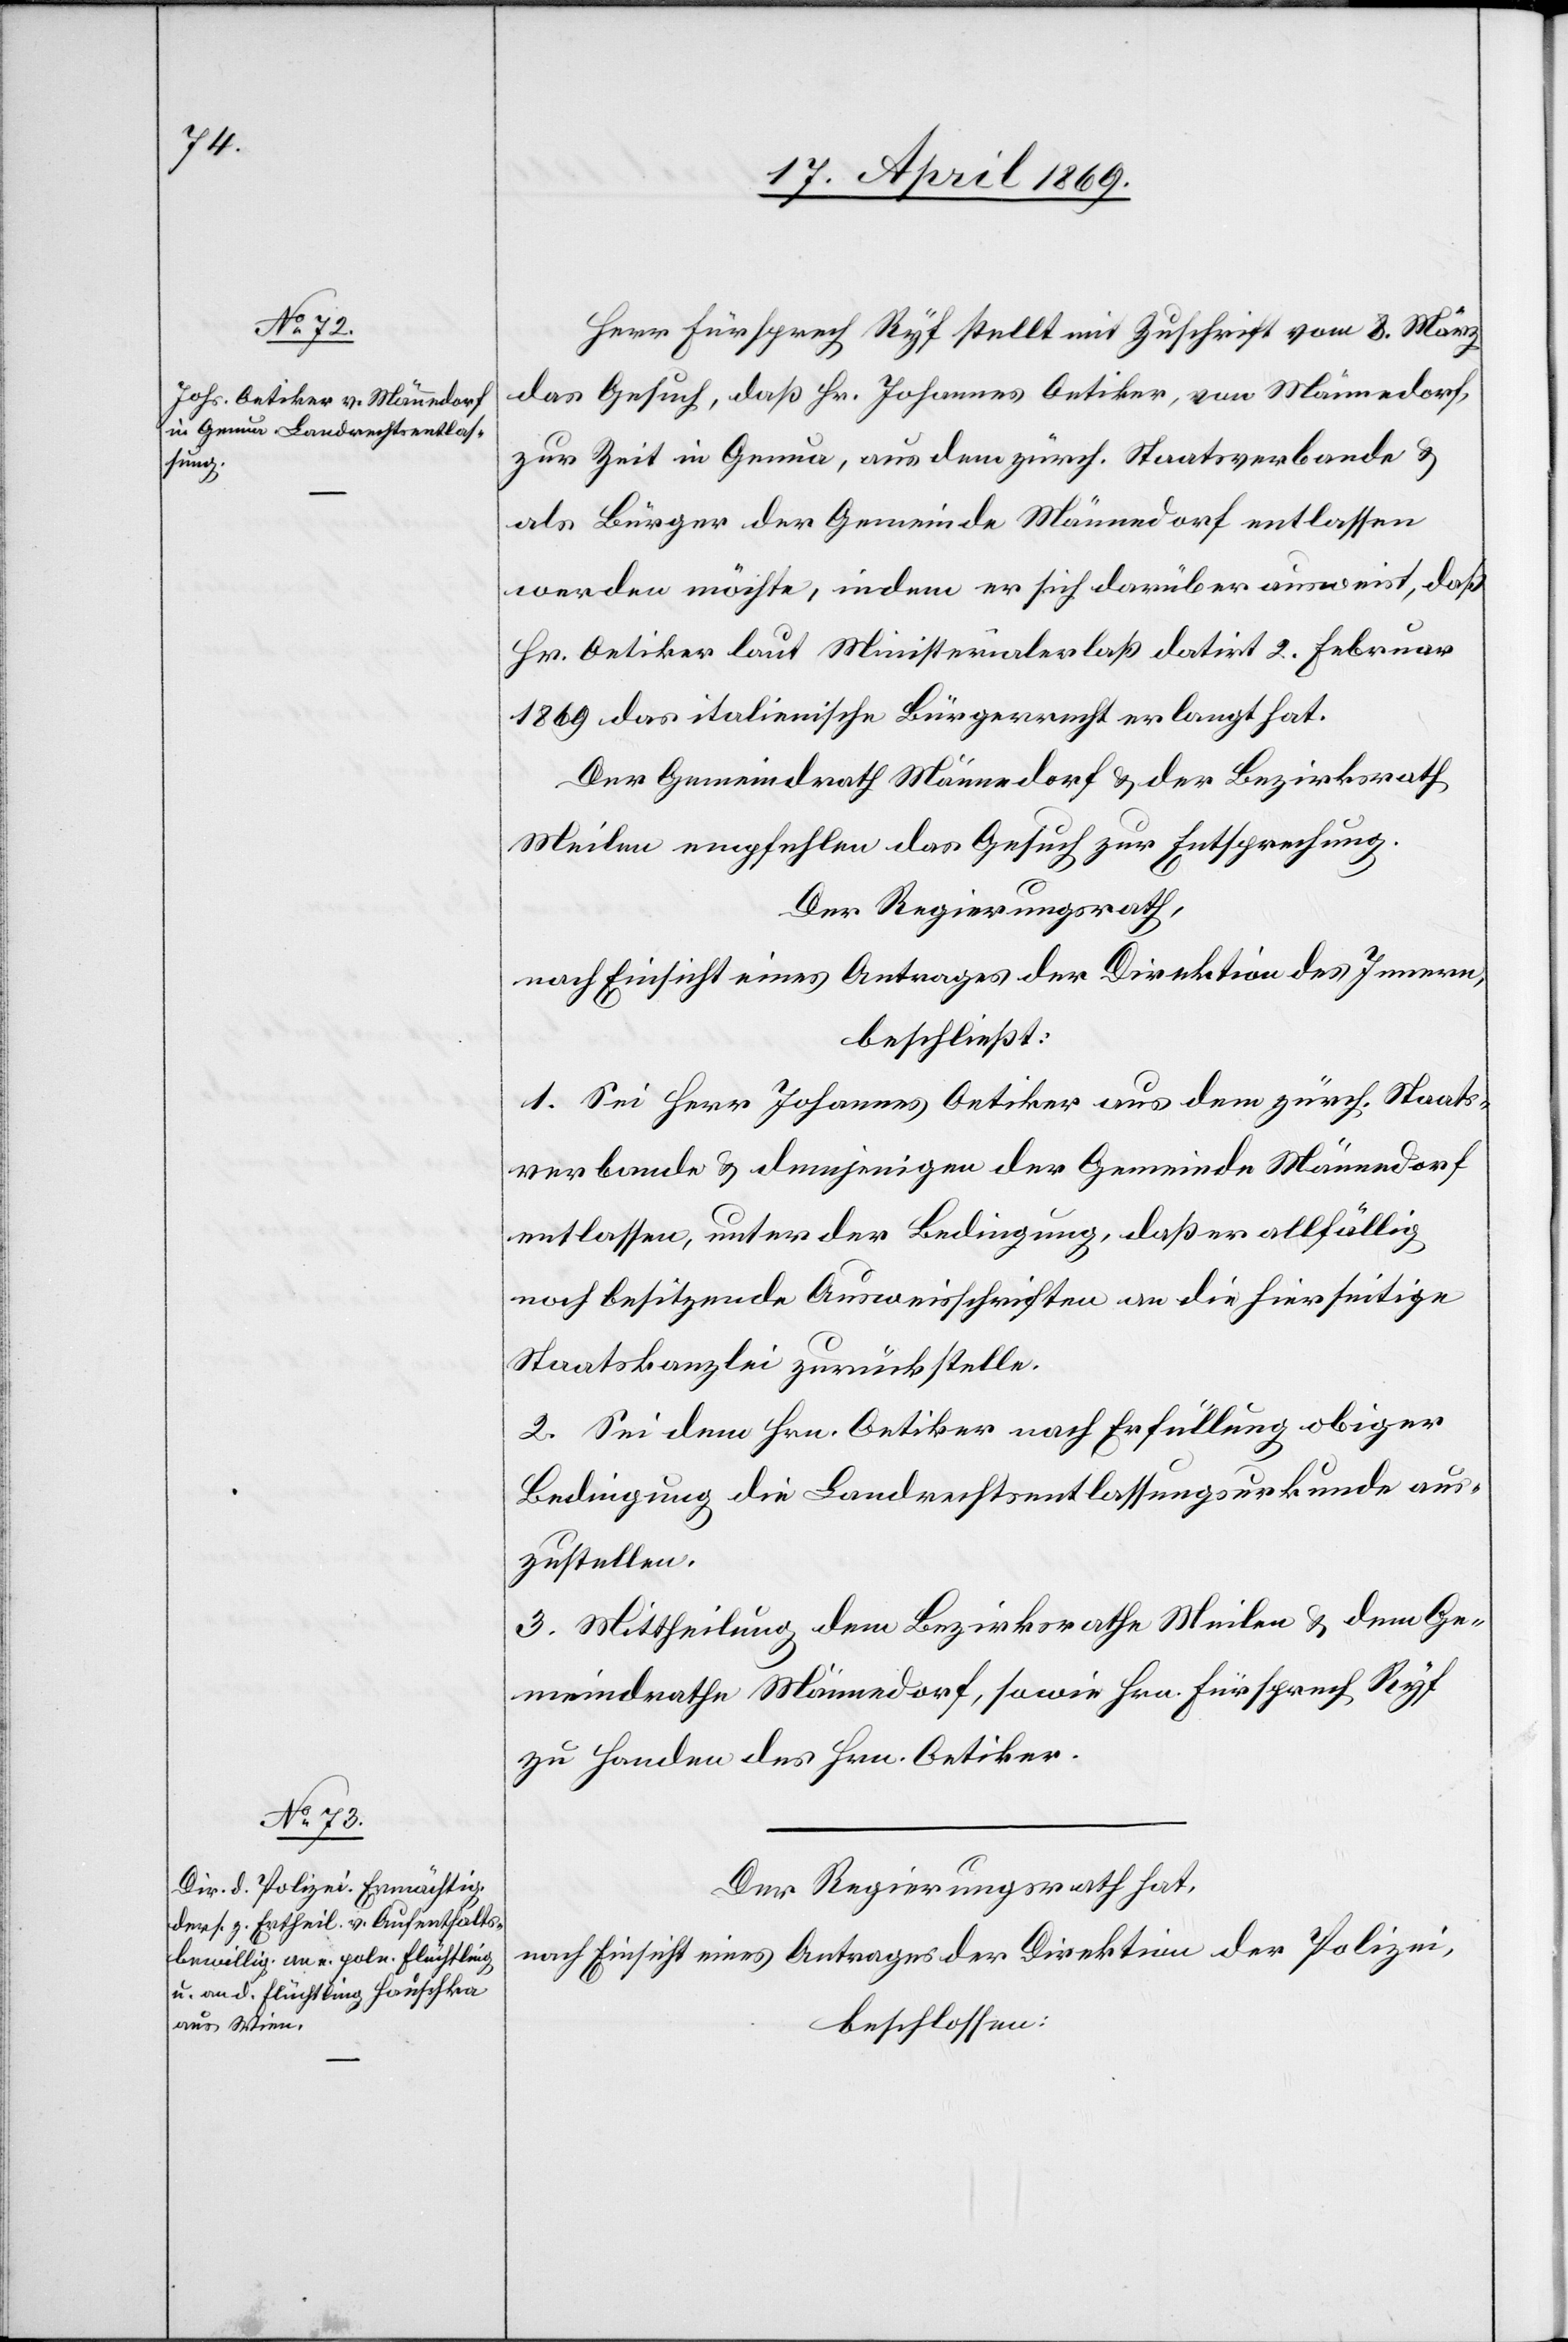
Herr Fürsprech Ryf stellt mit Zuschrift vom 8. März
das Gesuch, daß Hr. Johannes Oetiker, von Männedorf,
zur Zeit in Genua, aus dem zürch. Staatsverbande u.
als Bürger der Gemeinde Männedorf entlassen
werden möchte, indem er sich darüber ausweist, daß
Hr. Oetiker laut Ministerialerlaß datirt 2. Februar
1869 das italienische Bürgerrecht erlangt hat.
Der Gemeindrath Männedorf u. der Bezirksrath
Meilen empfehlen das Gesuch zur Entsprechung.
Der Regierungsrath,
nach Einsicht eines Antrages der Direktion des Innern,
beschließt:
1. Sei Herr Johannes Oetiker aus dem zürch. Staats¬
verbande u. demjenigen der Gemeinde Männedorf
entlassen, unter der Bedingung, daß er allfällig
noch besitzende Ausweisschriften an die hierseitige
Staatskanzlei zurückstelle.
2. Sei dem Hrn. Oetiker nach Erfüllung obiger
Bedingung die Landrechtsentlassungsurkunde aus¬
zustellen.
3. Mittheilung dem Bezirksrathe Meilen u. dem Ge¬
meindrathe Männedorf, sowie Hrn. Fürsprech Ryf
zu Handen des Hrn. Oetiker.
Der Regierungsrath hat,
nach Einsicht eines Antrages der Direktion der Polizei,
beschlossen: